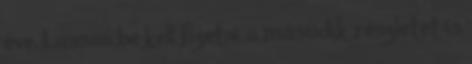
éve. Lassan be kell fizetni a második részletet is